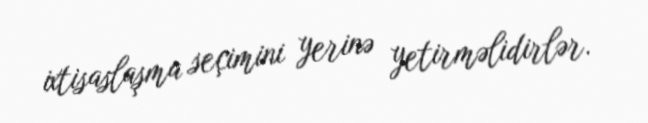
ixtisaslaşma seçimini yerinə yetirməlidirlər.